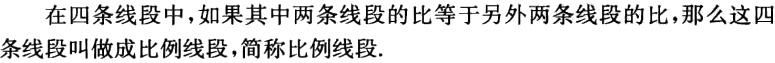
在四条线段中，如果其中两条线段的比等于另外两条线段的比，那么这四条线段叫做成比例线段，简称比例线段.